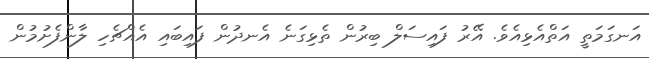
އަނގަމަތީ އަތްއެޅިއެވެ. އޭރު ފައިސަލް ބިރުން ތެޅިގަނެ އެނދުން ފައިބައި އެއްޗެހި ލާންފެށުމުން